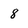
Character: 8